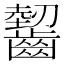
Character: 𲎤